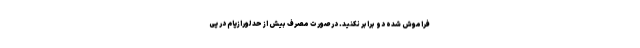
فراموش شده دو برابر نکنید. در صورت مصرف بیش از حد لورازپام در پی